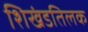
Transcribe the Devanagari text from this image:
शिखंडतिलक